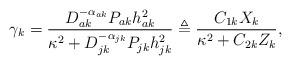
LaTeX: \begin{align*}{\gamma _k} = \frac{{D_{ak}^{ - {\alpha _{ak}}}{P_{ak}}h_{ak}^2}}{{{\kappa ^2} + D_{jk}^{ - {\alpha _{jk}}}{P_{jk}}h_{jk}^2}}\triangleq \frac{{{C_{1k}}{X_k}}}{{{\kappa ^2} + {C_{2k}}{Z_k}}},\end{align*}